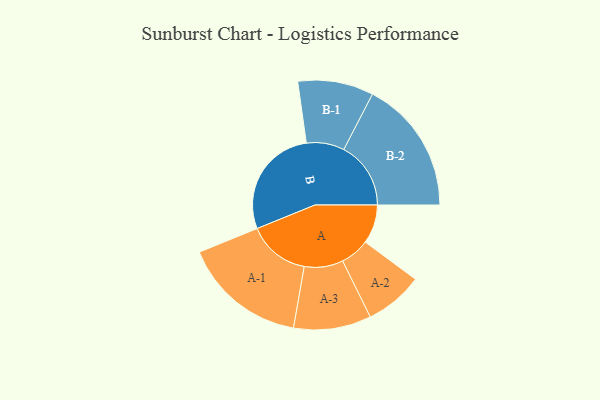
{"axis": {"x": "Segment", "y": "Value"}, "legend": ["", "A", "B"], "data": [{"x": "A", "y": 171, "type": ""}, {"x": "B", "y": 489, "type": ""}, {"x": "A-1", "y": 272, "type": "A"}, {"x": "A-2", "y": 128, "type": "A"}, {"x": "A-3", "y": 170, "type": "A"}, {"x": "B-1", "y": 166, "type": "B"}, {"x": "B-2", "y": 294, "type": "B"}]}